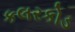
કલરકોડ